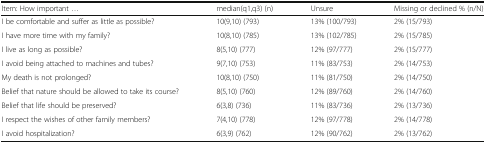
<table><thead><tr><td><b>Item: How important ...</b></td><td><b>median(q1,q3) (n)</b></td><td><b>Unsure</b></td><td><b>Missing or declined % (n/N)</b></td></tr></thead><tbody><tr><td>I be comfortable and suffer as little as possible?</td><td>10(9,10) (793)</td><td>13% (100/793)</td><td>2% (15/793)</td></tr><tr><td>I have more time with my family?</td><td>10(8,10) (785)</td><td>13% (102/785)</td><td>2% (15/785)</td></tr><tr><td>I live as long as possible?</td><td>8(5,10) (777)</td><td>12% (97/777)</td><td>2% (15/777)</td></tr><tr><td>I avoid being attached to machines and tubes?</td><td>9(7,10) (753)</td><td>11% (83/753)</td><td>2% (14/753)</td></tr><tr><td>My death is not prolonged?</td><td>10(8,10) (750)</td><td>11% (81/750)</td><td>2% (14/750)</td></tr><tr><td>Belief that nature should be allowed to take its course?</td><td>8(5,10) (760)</td><td>12% (89/760)</td><td>2% (14/760)</td></tr><tr><td>Belief that life should be preserved?</td><td>6(3,8) (736)</td><td>11% (83/736)</td><td>2% (13/736)</td></tr><tr><td>I respect the wishes of other family members?</td><td>7(4,10) (778)</td><td>12% (97/778)</td><td>2% (14/778)</td></tr><tr><td>I avoid hospitalization?</td><td>6(3,9) (762)</td><td>12% (90/762)</td><td>2% (13/762)</td></tr></tbody></table>